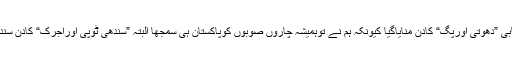
پنجاب سے کبھی صوبائیت کاپرچار ہوا نہ پنجابی ”دھوتی اورپَگ“ کادِن منایاگیا کیونکہ ہم نے توہمیشہ چاروں صوبوں کوپاکستان ہی سمجھا البتہ ”سندھی ٹوپی اوراجرک“ کادِن سندھ میں ہرسال بڑی دھوم دھام سے منایاجاتاہے ۔